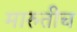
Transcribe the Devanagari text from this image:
मारुतीच